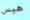
هيس